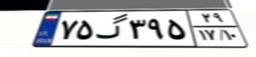
۱۲گ۷۲۵۱۵